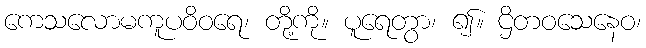
ကေသလောမကူပဝိဝရေ၊ တို့ကို။ ပူရေတွာ၊ ၍။ ဌိတဝသေနေဝ၊